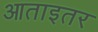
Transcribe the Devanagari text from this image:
आताइतर